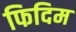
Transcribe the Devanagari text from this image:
फिदिम